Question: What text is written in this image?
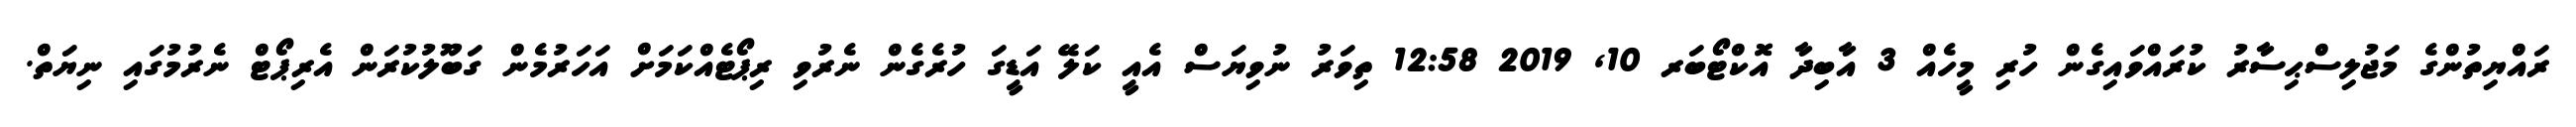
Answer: ރައްޔިތުންގެ މަޖުލިސްޙިސާރު ކުރައްވައިގެން ހުރި މީހެއް 3 އާބިދާ އޮކްޓޯބަރ 10, 2019 12:58 ތިވަރު ނުވިޔަސް އެއީ ކަލޭ އަޑީގަ ހުރެގެން ނެރުވި ރިޕޯޓެއްކަމަށް އަހަރުމެން ގަބޫލުކުރަން އެރިޕޯޓް ނެރުމުގައި ނިޔަތް.